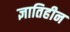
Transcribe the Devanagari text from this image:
ज्ञातिहीन